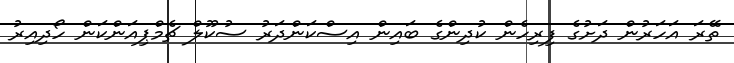
ތޭރަ އަހަރުން ދަށުގެ ފިރިހެން ކުދިންގެ ބައިން އިސްކަންދަރު ސުކޫލް ޗެމްޕިއަންކަން ހޯދިއިރު